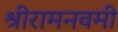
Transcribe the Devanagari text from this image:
श्रीरामनवमी